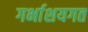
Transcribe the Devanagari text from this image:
गर्भाशयगत